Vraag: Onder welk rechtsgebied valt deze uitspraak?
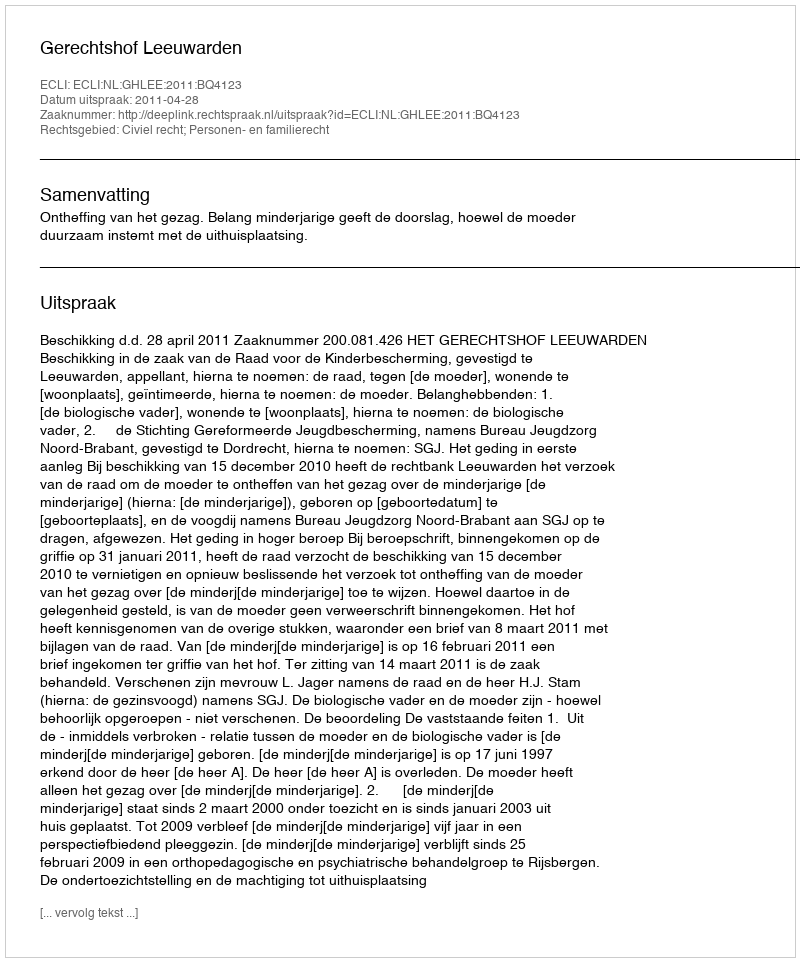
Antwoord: Civiel recht; Personen- en familierecht